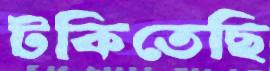
টকিতেছি